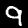
Digit: 9